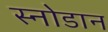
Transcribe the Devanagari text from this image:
स्नोडान